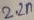
Text: 2.2n